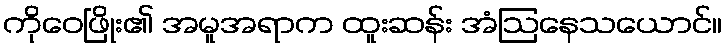
ကိုဝေဖြိုး၏ အမူအရာက ထူးဆန်း အံဩနေသယောင်။